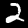
Digit: 2